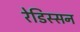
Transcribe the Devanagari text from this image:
रेडिस्सन